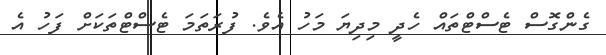
ގެންގޮސް ޓެސްޓްތައް ހެދީ މިދިޔަ މަހު އެވެ. ފުރަތަމަ ޓެސްޓްތަކަށް ފަހު އެ